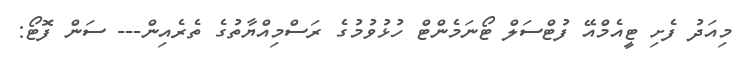
މިއަދު ފެށި ޓީއެމްއޭ ފުޓްސަލް ޓޯނަމެންޓް ހުޅުވުމުގެ ރަސްމިއްޔާތުގެ ތެރެއިން--- ސަން ފޮޓޯ: